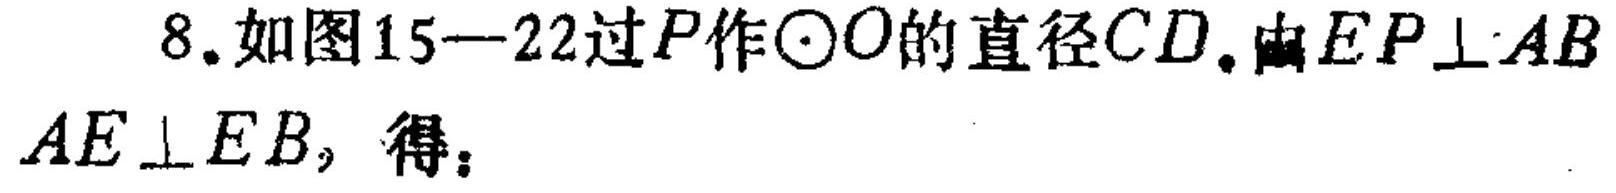
8. 如图15—22过\(P\)作\(\odot O\)的直径\(CD\)。由\(EP\perp AB\)
\(AE\perp EB\)，得：